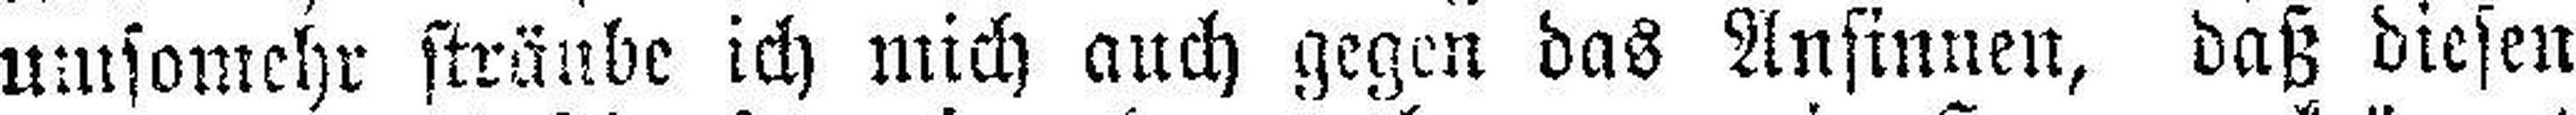
umsomehr sträube ich mich auch gegen das Ansinnen, daß diesen